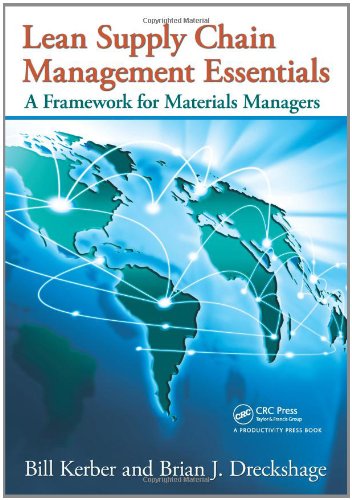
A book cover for Lean Supply Chain Management Essentials: A Framework for Materials Managers; Bill Kerber; Business & Money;